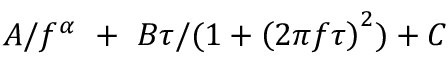
A / f ^ { \alpha } \ + \ B \tau / ( 1 + \left( 2 \pi f \tau \right) ^ { 2 } ) + C